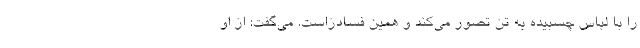
را با لباس چسبیده به تن تصور می‌کند و همین فسادزاست. می‌گفت: از او